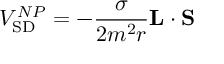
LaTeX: V _ { \mathrm { S D } } ^ { N P } = - { \frac { \sigma } { 2 m ^ { 2 } r } } { \bf L } \cdot { \bf S }